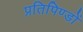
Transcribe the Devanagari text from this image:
प्रतिपिण्डों